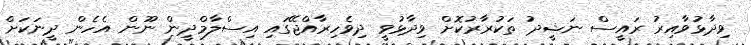
ވިދާޅުވާއިރު ރައީސް ނަޝީދު ތަކުރާރުކޮށް ވިދާޅުވީ ދިވެހިރާއްޖޭގައި އިސްލާމްދީން ނޫން އެހެން ދީނަކަށް